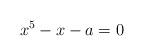
LaTeX: \begin{align*}x^5-x-a=0\end{align*}